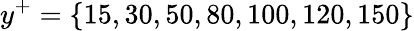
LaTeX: y^{+}=\{ 15,30,50,80,100,120,150\}